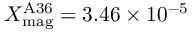
X _ { \mathrm { m a g } } ^ { \mathrm { A 3 6 } } = 3 . 4 6 \times 1 0 ^ { - 5 }